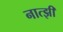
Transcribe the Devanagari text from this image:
नात्झी